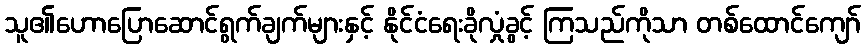
သူ၏ဟောပြောဆောင်ရွက်ချက်များနှင့် နိုင်ငံရေးခိုလှုံခွင့် ကြသည်ကိုသာ တစ်ထောင်ကျော်